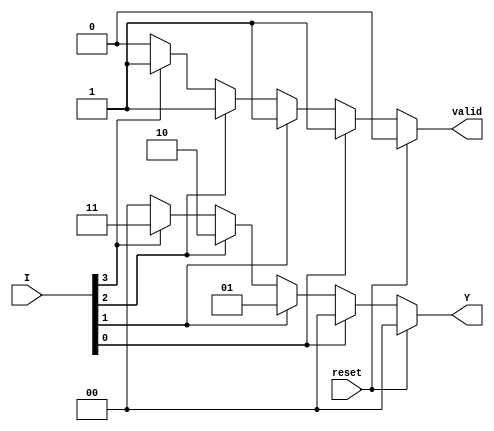
module priority_encoder (
    input  wire [3:0] I,    // 4 input lines
    input  wire reset,       // Reset signal
    output reg  [1:0] Y,     // 2 output lines for priority value
    output reg  valid         // Valid signal indicating any input is active
);

always @(*) begin
    // If reset is asserted, set outputs to default values
    if (reset) begin
        Y = 2'b00; // Default output when reset
        valid = 1'b0; // No valid output when reset
    end else begin
        valid = 1'b0; // Default valid signal
        // Check inputs in order of priority
        if (I[0]) begin
            Y = 2'b00; // Highest priority active input
            valid = 1'b1;
        end else if (I[1]) begin
            Y = 2'b01;
            valid = 1'b1;
        end else if (I[2]) begin
            Y = 2'b10;
            valid = 1'b1;
        end else if (I[3]) begin
            Y = 2'b11; // Lowest priority active input
            valid = 1'b1;
        end else begin
            Y = 2'b00; // No active inputs
            valid = 1'b0; // No valid output
        end
    end
end

endmodule